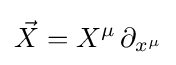
{\vec {X}}=X^{\mu }\,\partial _{x^{\mu }}